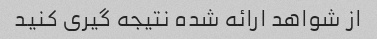
از شواهد ارائه شده نتیجه گیری کنید